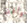
وأخت